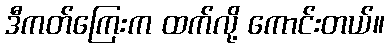
ဒီကတ်ကြေးက ထက်လို့ ကောင်းတယ်။